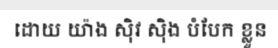
ដោយ យ៉ាង ស៊ិវ ស៊ិង បំបែក ខ្លួន